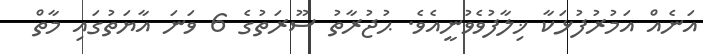
އަނެއް އަމުރުފުޅަކާ ޚިލާފުވެވުނީއެވެ. ޙުޖުރާތު ސޫރަތުގެ 6 ވަނަ އާޔަތުގައި މާތް